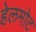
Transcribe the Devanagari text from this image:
हेलमोट